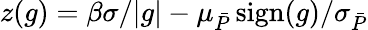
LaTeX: z(g)=\beta\sigma/|g|-\mu_{\bar{P}}\operatorname{sign}(g)/\sigma_{\bar{P}}